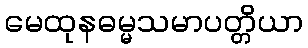
မေထုနဓမ္မသမာပတ္တိယာ